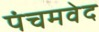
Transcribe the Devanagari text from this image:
पंचमवेद